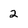
Character: 2